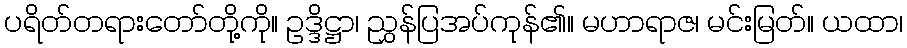
ပရိတ်တရားတော်တို့ကို။ ဥဒ္ဒိဋ္ဌာ၊ ညွှန်ပြအပ်ကုန်၏။ မဟာရာဇ၊ မင်းမြတ်။ ယထာ၊